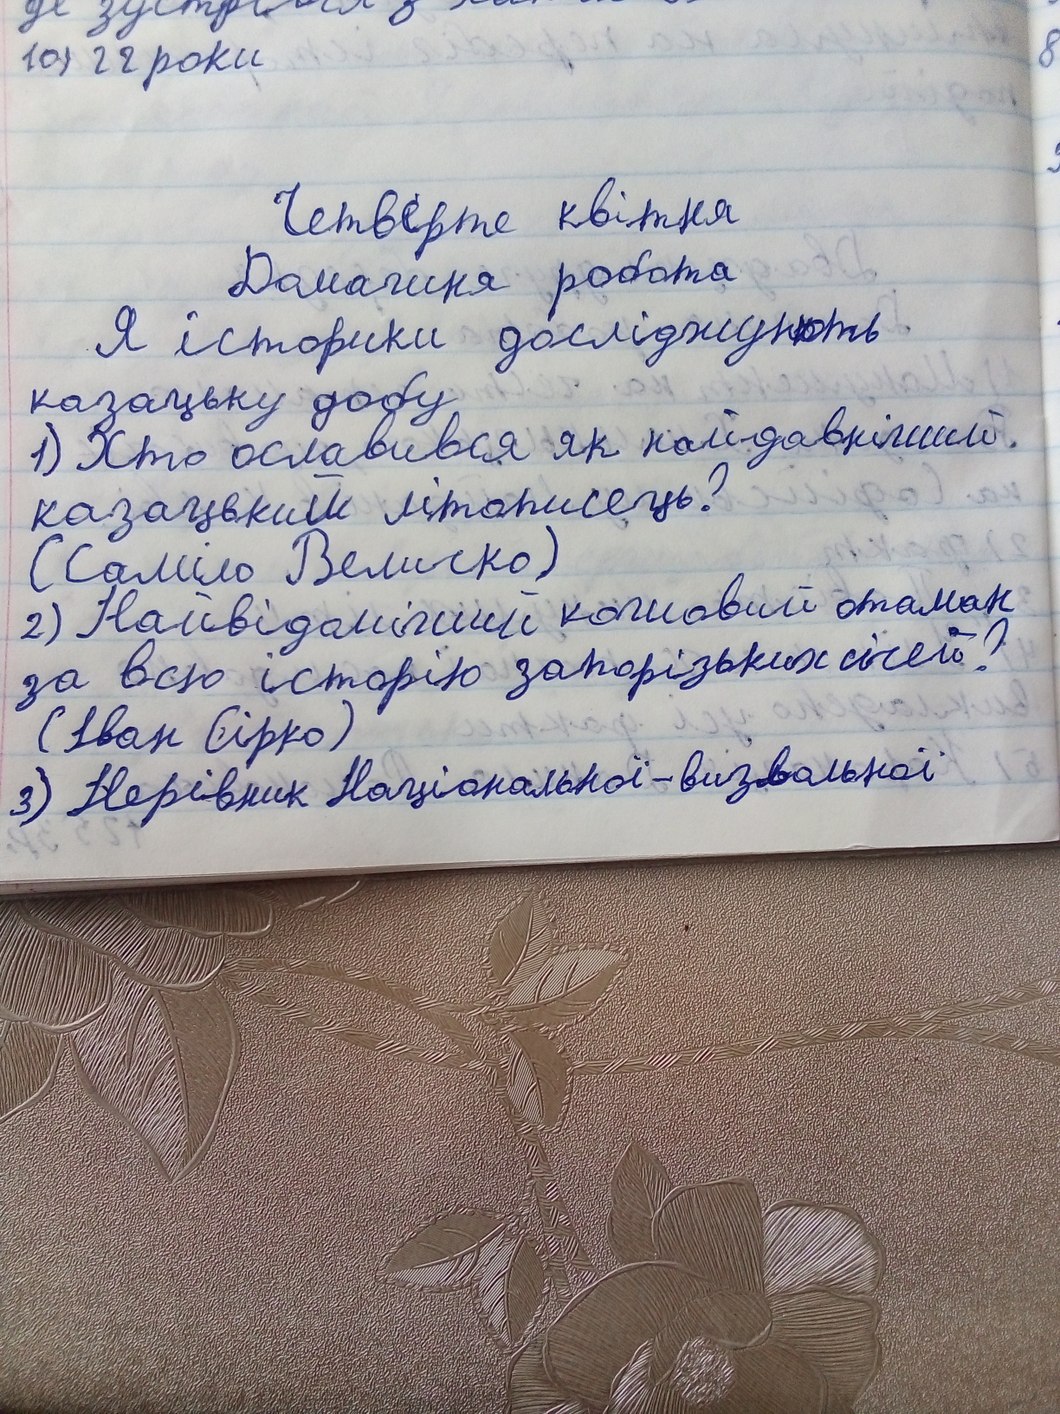
10) 22 роки
Четверте квітня
Домашня робота
Я історики досліджують
казацьку добу
1) Хто ославився як найдавніший
казацький літописець?
(Саміло Величко)
2) Найвідоміший кошовий отаман
за всю історію запорізьких січей?
(Іван Сірко)
3) Керівник Національної - визвольної